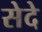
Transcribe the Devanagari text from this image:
सेदे